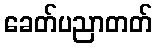
ခေတ်ပညာတတ်